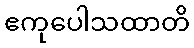
ဧကုပေါသထာတိ